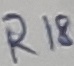
Text: R18